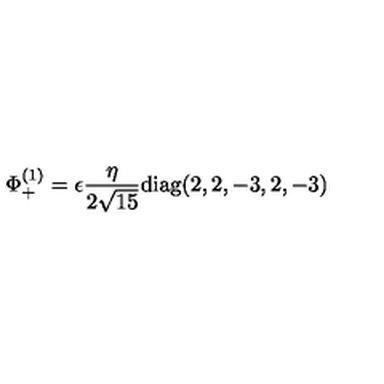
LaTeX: \Phi _ { + } ^ { ( 1 ) } = \epsilon { \frac { \eta } { 2 \sqrt { 1 5 } } } \mathrm { d i a g } ( 2 , 2 , - 3 , 2 , - 3 )